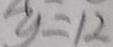
y = 1 2